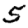
Digit: 5